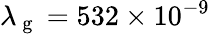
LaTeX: \lambda_{\mathrm{~g~}}=532\times 10^{-9}